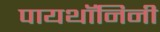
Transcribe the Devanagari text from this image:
पायथॉनिनी